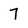
Character: 7